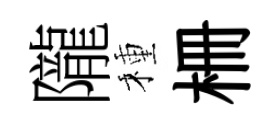
隴種栅